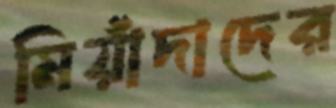
মিয়াঁদাদের